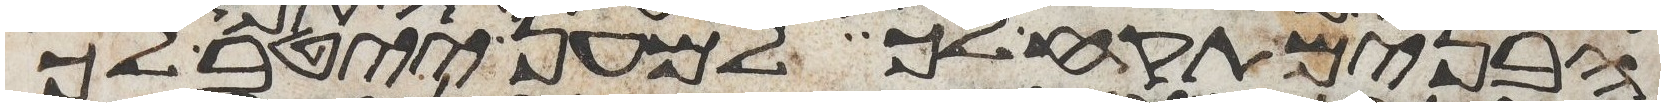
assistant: הבנים תקח לך למען ייטב לך